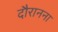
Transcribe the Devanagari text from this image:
दौरानना